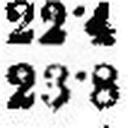
23•8